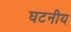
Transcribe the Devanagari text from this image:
घटनीय